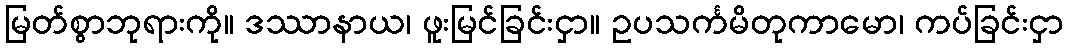
မြတ်စွာဘုရားကို။ ဒဿာနာယ၊ ဖူးမြင်ခြင်းငှာ။ ဥပသင်္ကမိတုကာမော၊ ကပ်ခြင်းငှာ